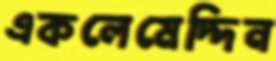
একলেমেদ্দিন